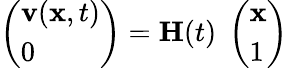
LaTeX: \left(\begin{array}{l}{{\mathbf v}({\mathbf x},t)}\\ {0}\end{array}\right)={\mathbf H}(t)\; \left(\begin{array}{l}{{\mathbf x}}\\ {1}\end{array}\right)